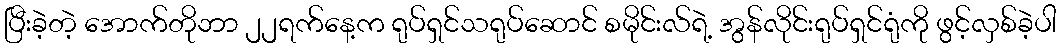
ပြီးခဲ့တဲ့ အောက်တိုဘာ ၂၂ရက်နေ့က ရုပ်ရှင်သရုပ်ဆောင် စမိုင်းလ်ရဲ့ အွန်လိုင်းရုပ်ရှင်ရုံကို ဖွင့်လှစ်ခဲ့ပါ